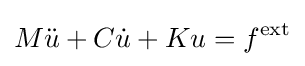
M{\ddot {u}}+C{\dot {u}}+Ku=f^{\textrm {ext}}